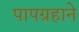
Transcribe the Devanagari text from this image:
पापग्रहाने